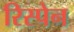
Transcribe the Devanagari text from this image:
रिस्पेन